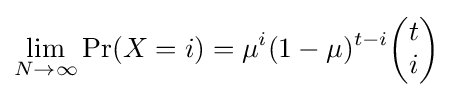
\lim _{N\to \infty }{\text{Pr}}(X=i)=\mu ^{i}(1-\mu )^{t-i}{\begin{pmatrix}t\\i\end{pmatrix}}